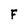
Character: F